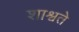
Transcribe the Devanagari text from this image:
शाश्वते